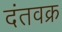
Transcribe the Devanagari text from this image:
दंतवक्र